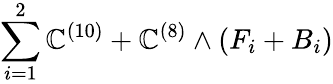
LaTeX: \sum_{i=1}^{2}\mathbb{C}^{(10)}+\mathbb{C}^{(8)}\wedge(F_{i}+B_{i})